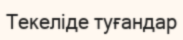
Текеліде туғандар